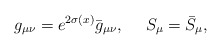
\begin{align*}g_{\mu\nu} = e^{2\sigma (x)} \bar{g}_{\mu\nu}, \ \ \ \ S_\mu=\bar{S}_\mu,\end{align*}